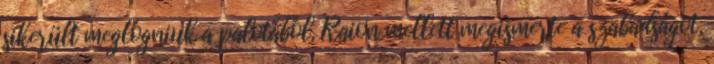
sikerült meglógniuk a palotából, Raion mellett megismerte a szabadságot,